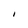
Character: I